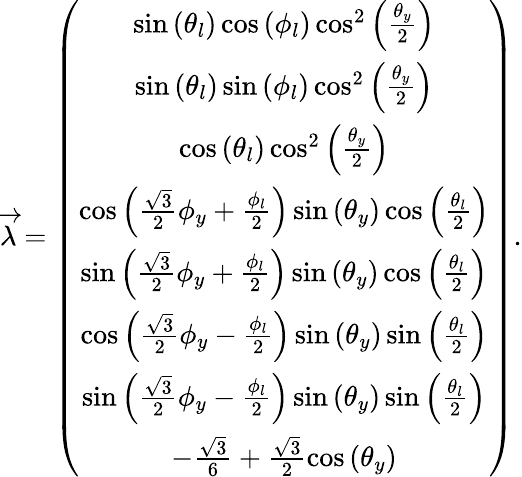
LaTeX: \begin{array}{r}{\overrightarrow{\lambda}=\left(\begin{array}{c}{\sin\left(\theta_{l}\right)\cos\left(\phi_{l}\right)\cos^{2}\left(\frac{\theta_{y}}{2}\right)}\\ {\sin\left(\theta_{l}\right)\sin\left(\phi_{l}\right)\cos^{2}\left(\frac{\theta_{y}}{2}\right)}\\ {\cos\left(\theta_{l}\right)\cos^{2}\left(\frac{\theta_{y}}{2}\right)}\\ {\cos\left(\frac{\sqrt{3}}{2}\phi_{y}+\frac{\phi_{l}}{2}\right)\sin\left(\theta_{y}\right)\cos\left(\frac{\theta_{l}}{2}\right)}\\ {\sin\left(\frac{\sqrt{3}}{2}\phi_{y}+\frac{\phi_{l}}{2}\right)\sin\left(\theta_{y}\right)\cos\left(\frac{\theta_{l}}{2}\right)}\\ {\cos\left(\frac{\sqrt{3}}{2}\phi_{y}-\frac{\phi_{l}}{2}\right)\sin\left(\theta_{y}\right)\sin\left(\frac{\theta_{l}}{2}\right)}\\ {\sin\left(\frac{\sqrt{3}}{2}\phi_{y}-\frac{\phi_{l}}{2}\right)\sin\left(\theta_{y}\right)\sin\left(\frac{\theta_{l}}{2}\right)}\\ {-\frac{\sqrt{3}}{6}+\frac{\sqrt{3}}{2}\cos\left(\theta_{y}\right)}\end{array}\right).}\end{array}